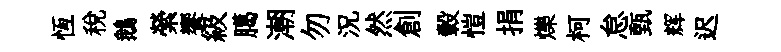
恆税鵝縈饗級臈潮勿況然創轂愷捐爍柯怠甄辉迟